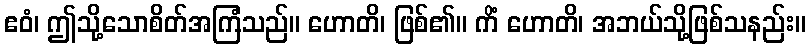
ဧဝံ၊ ဤသို့သောစိတ်အကြံသည်။ ဟောတိ၊ ဖြစ်၏။ ကိံ ဟောတိ၊ အဘယ်သို့ဖြစ်သနည်း။